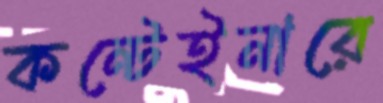
কন্টেইনারে